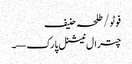
فوٹو/ طلحہ حنیف
چترال نیشنل پارک—۔